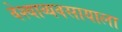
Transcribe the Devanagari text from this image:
वेश्याव्यवसायाला